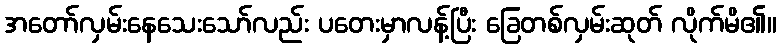
အတော်လှမ်းနေသေးသော်လည်း ပတေးမှာလန့်ပြီး ခြေတစ်လှမ်းဆုတ် လိုက်မိ၏။